Senior Leaving Certificate Examination (including Day School Certificate (Higher) General paper), 1949
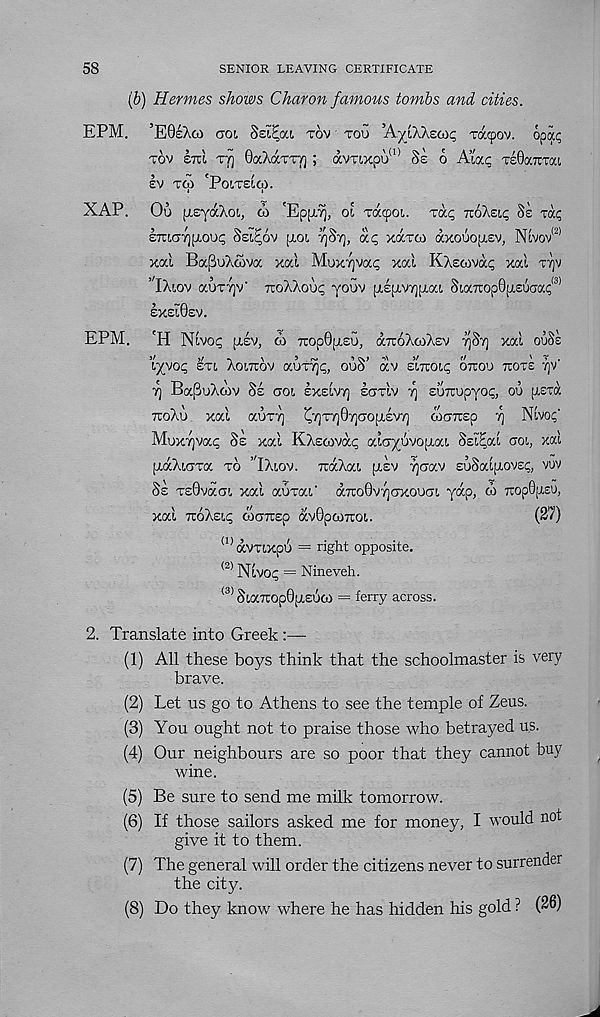
58
SENIOR LEAVING CERTIFICATE
(b) Hermes shows Charon famous tombs and cities.
’EOeXco cot, Set^oo, tov too 'AyjXkzutc, rdc(pov. opai;
tov STCt, T7] OaXaTTT] ; avTixpu 10 Se 6 Aiac TeOaTCTat,
Iv TO) 'PoiTElCp.
Ou [xsyaXot,, d> 'EppiY], oi Taqjot,. Tat; TtoXsii; Se mq
STttG-f}[iovc, Ssi^ov piot.
oic; xocrw axouopiev, Nwov <2)
xal BapuXoiva xal Mox7]va<; xai KXewvai; xal ttjv
’IXiov auTYjv' xoXXooi; youv ptlp-v^piat. St,an:op0[i,£uca(; <3>
EXE10EV.
'H NlVO^ (LEV, d) 7TOp0[X£U, 7,~6X(j)XEV TjS'/j Xal O’jSe
tyvoq ETt, XoiTTOV aOT^, OoS’ OCV E’lTrOlc; OTCOO TTOTE 7)V'
rj Ba^uXoiv Se col exeivt] ectIv rj EUTrupyot;, oo [i,£T«
TToXu xal aOTT] ^7)T7]07]CO[LEV7) WCTTEp ^ Nwo^
Moxyva^ Se xal KXsoivac; alcyovopiai Ssica.l cot, xal
[xaXtcTa to ’ iXtov. iraXat, [lev vjcav EuSatfLOVEQ vuv
Se T£0vact xal auTat' a7ro0V7]cxooct yap, d) 7iop0[L£U,
xal TToXst^ cocTusp avOpojxot.
(27)
(1) aVTtxpu = right opposite.
<2> Nlvo^ = Nineveh.
<3) StaTtop0[LEUO) = ferry across.
2. Translate into Greek :—
(1) All these boys think that the schoolmaster is very
brave.
(2) Let us go to Athens to see the temple of Zeus.
(3) You ought not to praise those who betrayed us.
(4) Our neighbours are so poor that they cannot buy
wine.
(5) Be sure to send me milk tomorrow.
(6) If those sailors asked me for money, I would not
give it to them.
(7) The general will order the citizens never to surrender
the city.
(8) Do they know where he has hidden his gold ? (26)
EPM.
XAP.
EPM.